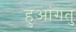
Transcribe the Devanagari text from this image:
हुआंगतु